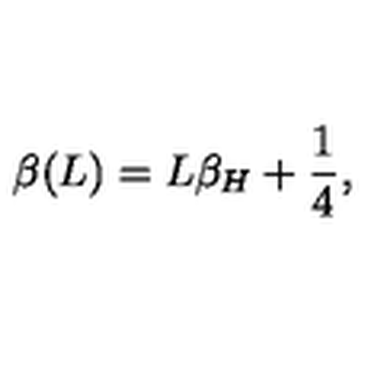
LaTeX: \beta ( L ) = L \beta _ { H } + { \frac { 1 } { 4 } } ,